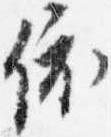
依